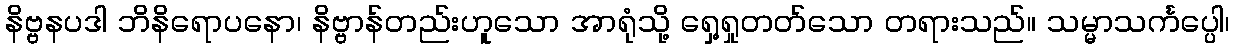
နိဗ္ဗနပဒါ ဘိနိရောပနော၊ နိဗ္ဗာန်တည်းဟူသော အာရုံသို့ ရှေ့ရှုတတ်သော တရားသည်။ သမ္မာသင်္ကပ္ပေါ၊